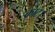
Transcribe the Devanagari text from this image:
काट।